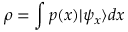
\rho = \int p ( x ) | \psi _ { x } \rangle d x